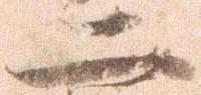
二